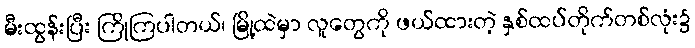
မီးထွန်းပြီး ကြိုကြပါတယ်၊ မြို့ထဲမှာ လူတွေကို ဖယ်ထားတဲ့ နှစ်ထပ်တိုက်တစ်လုံး၌